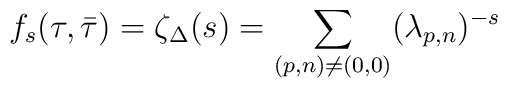
f_s(\tau,\bar{\tau})= \zeta_\Delta (s) = \sum_{(p,n)\ne(0, 0)} (\lambda_{p,n})^{-s}